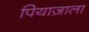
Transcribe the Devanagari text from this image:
पियाज़ाला